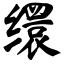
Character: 缳